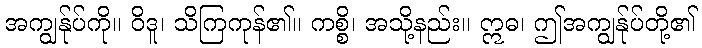
အကျွန်ုပ်ကို။ ဝိဒူ၊ သိကြကုန်၏။ ကစ္စိ၊ အသို့နည်း။ ဣဓ၊ ဤအကျွန်ုပ်တို့၏